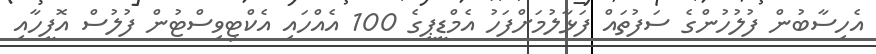
އެހިސާބުން ފުލުހުންގެ ސަފުތައް ފަޅާލުމަށްފަހު އެމްޑީޕީގެ 100 އެއްހައި އެކްޓިވިސްޓުން ފުލުސް އޮފީހާއި